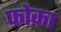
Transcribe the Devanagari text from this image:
फोका